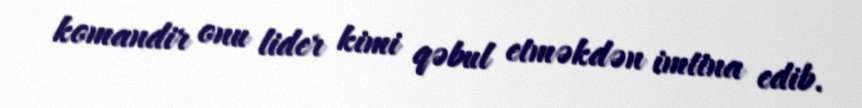
komandir onu lider kimi qəbul etməkdən imtina edib.